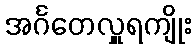
အင်္ဂတေလှူရကျိုး